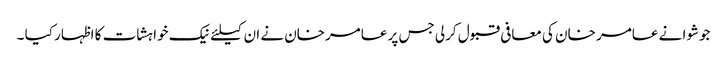
جوشوا نے عامر خان کی معافی قبول کرلی جس پر عامرخان نے ان کیلئے نیک خواہشات کا اظہار کیا ۔